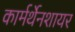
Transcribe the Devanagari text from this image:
कार्मर्थेनशायर